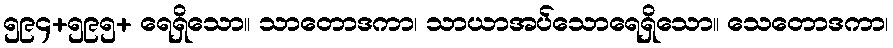
၅၉၄+၅၉၅+ ရေရှိသော။ သာတောဒကာ၊ သာယာအပ်သောရေရှိသော။ သေတောဒကာ၊